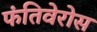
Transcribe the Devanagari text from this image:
फंतिवेरोस